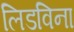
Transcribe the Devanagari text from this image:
लिडविना